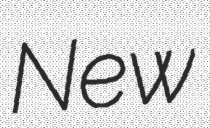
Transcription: New